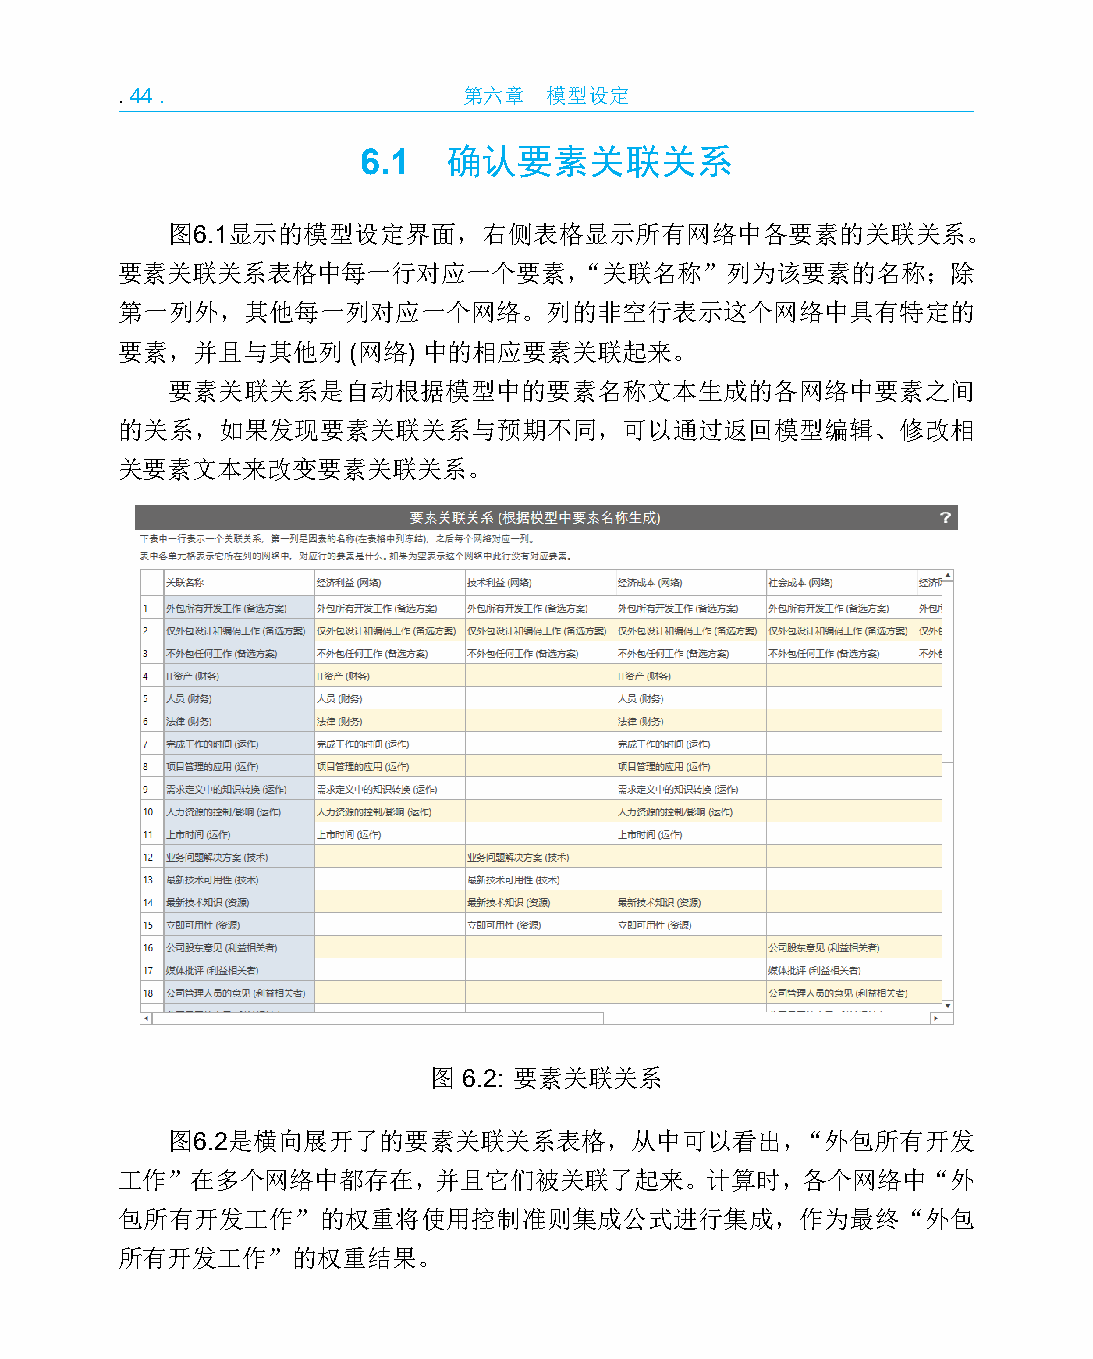
.44.                   第六章  模型设定
 6.1   确认要素关联关系
 图6.1显示的模型设定界面，右侧表格显示所有网络中各要素的关联关系。
 要素关联关系表格中每一行对应一个要素，“关联名称”列为该要素的名称；除
 第一列外，其他每一列对应一个网络。列的非空行表示这个网络中具有特定的
 要素，并且与其他列      (网络) 中的相应要素关联起来。
 要素关联关系是自动根据模型中的要素名称文本生成的各网络中要素之间
 的关系，如果发现要素关联关系与预期不同，可以通过返回模型编辑、修改相
 关要素文本来改变要素关联关系。
 图  6.2: 要素关联关系
 图6.2是横向展开了的要素关联关系表格，从中可以看出，“外包所有开发
 工作”在多个网络中都存在，并且它们被关联了起来。计算时，各个网络中“外
 包所有开发工作”的权重将使用控制准则集成公式进行集成，作为最终“外包
 所有开发工作”的权重结果。